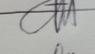
Signature authenticity: genuine